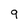
Character: 9